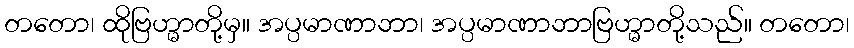
တတော၊ ထိုဗြဟ္မာတို့မှ။ အပ္ပမာဏာဘာ၊ အပ္ပမာဏာဘာဗြဟ္မာတို့သည်။ တတော၊